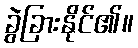
ခွဲခြားနိုင်၏။